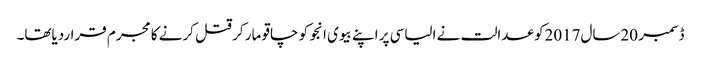
ڈسمبر 20سال2017کو عدالت نے الیاسی پر اپنے بیوی انجو کو چاقو مار کر قتل کرنے کا مجرم قراردیاتھا۔